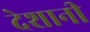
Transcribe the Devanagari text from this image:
देशानी